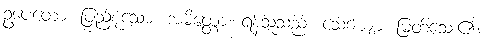
ဥပေတော၊ ပြည့်စုံသော။ အမိတ္တော၊ ရန်သူသည်။ သေယျော၊ မြတ်သေး၏။